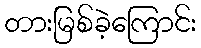
တားမြစ်ခဲ့ကြောင်း